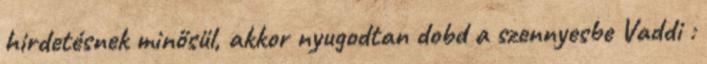
hirdetésnek minősül, akkor nyugodtan dobd a szennyesbe Vaddi :